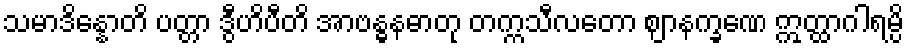
သမာဒိန္နောတိ ပတ္တာ ဒွီဟိပီတိ အာဗန္ဓနဓာတု တက္ကသီလတော ဈာနက္ခဏေ ဣတ္ထာဂါရမ္ပိ